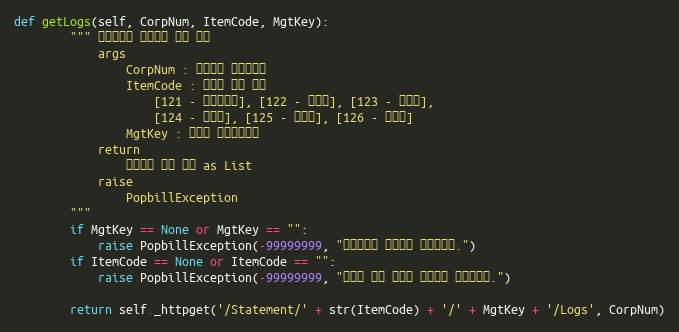
Language: Python
def getLogs(self, CorpNum, ItemCode, MgtKey):
        """ 전자명세서 문서이력 목록 확인
            args
                CorpNum : 팝빌회원 사업자번호
                ItemCode : 명세서 종류 코드
                    [121 - 거래명세서], [122 - 청구서], [123 - 견적서],
                    [124 - 발주서], [125 - 입금표], [126 - 영수증]
                MgtKey : 파트너 문서관리번호
            return
                문서이력 정보 목록 as List
            raise
                PopbillException
        """
        if MgtKey == None or MgtKey == "":
            raise PopbillException(-99999999, "관리번호가 입력되지 않았습니다.")
        if ItemCode == None or ItemCode == "":
            raise PopbillException(-99999999, "명세서 종류 코드가 입력되지 않았습니다.")

        return self._httpget('/Statement/' + str(ItemCode) + '/' + MgtKey + '/Logs', CorpNum)